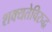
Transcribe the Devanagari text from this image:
शक्यतेविरुद्ध